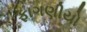
ફાગણીયો